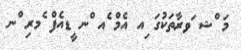
މަ ްޝ ަވރާތަކުގަ ިއ އެމް ެއ ްނ ީޑއެފް ެމރި ްނ